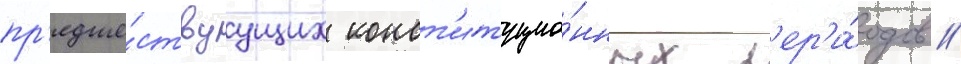
пр'едше́ствуущих конст'итуцио́нных п'ер'и́одов //